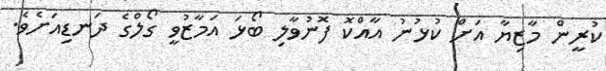
ކުރީން މާޒިޔާ އަށް ކުޅުނު އާއްކޮ ފޮނުވާލި ބޯޅަ އަމާޒުވީ ގޯލްގެ ދަނޑިއަށެވެ.